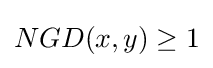
NGD(x,y)\geq 1